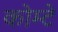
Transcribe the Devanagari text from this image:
कोम्टे